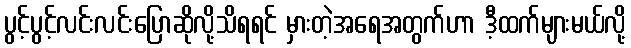
ပွင့်ပွင့်လင်းလင်းပြောဆိုလို့သိရရင် မှားတဲ့အရေအတွက်ဟာ ဒီ့ထက်များမယ်လို့